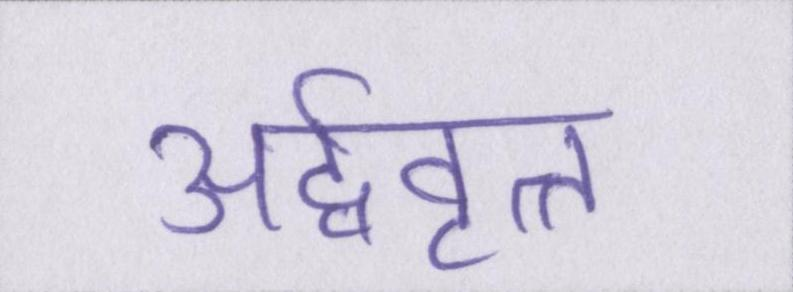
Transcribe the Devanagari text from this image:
अर्द्ववृत्त